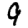
Digit: 9